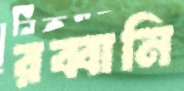
রব্বানি